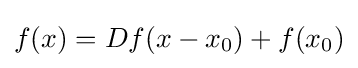
f(x)=Df(x-x_{0})+f(x_{0})